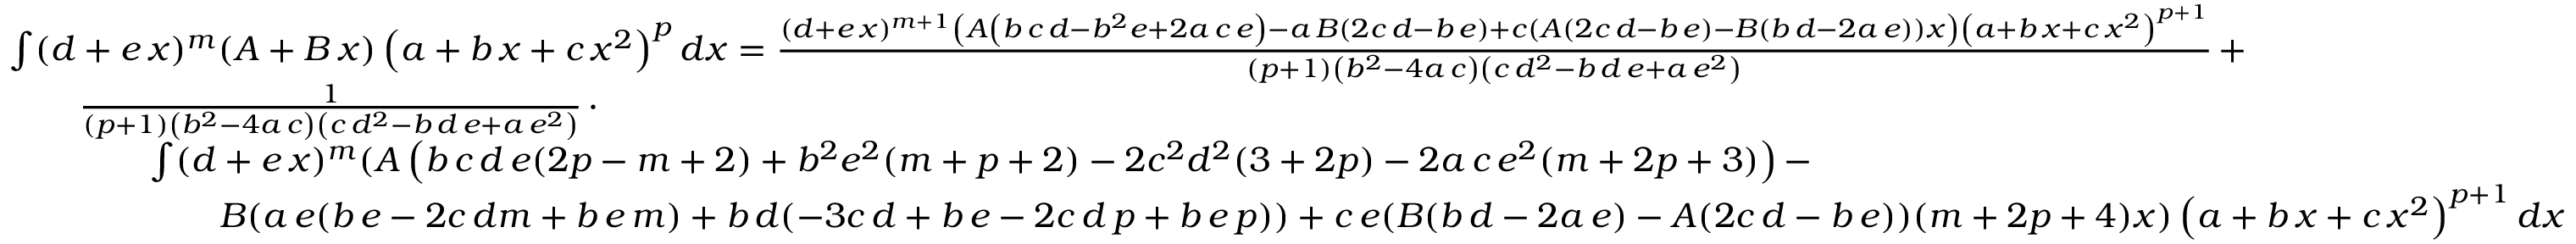
{ \begin{array} { r l } & { \int ( d + e \, x ) ^ { m } ( A + B \, x ) \left( a + b \, x + c \, x ^ { 2 } \right) ^ { p } d x = { \frac { ( d + e \, x ) ^ { m + 1 } \left( A \left( b \, c \, d - b ^ { 2 } e + 2 a \, c \, e \right) - a \, B ( 2 c \, d - b \, e ) + c ( A ( 2 c \, d - b \, e ) - B ( b \, d - 2 a \, e ) ) x \right) \left( a + b \, x + c \, x ^ { 2 } \right) ^ { p + 1 } } { ( p + 1 ) \left( b ^ { 2 } - 4 a \, c \right) \left( c \, d ^ { 2 } - b \, d \, e + a \, e ^ { 2 } \right) } } \, + } \\ & { \qquad { \frac { 1 } { ( p + 1 ) \left( b ^ { 2 } - 4 a \, c \right) \left( c \, d ^ { 2 } - b \, d \, e + a \, e ^ { 2 } \right) } } \, \cdot } \\ & { \qquad \qquad \int ( d + e \, x ) ^ { m } ( A \left( b \, c \, d \, e ( 2 p - m + 2 ) + b ^ { 2 } e ^ { 2 } ( m + p + 2 ) - 2 c ^ { 2 } d ^ { 2 } ( 3 + 2 p ) - 2 a \, c \, e ^ { 2 } ( m + 2 p + 3 ) \right) - } \\ & { \qquad \qquad \qquad B ( a \, e ( b \, e - 2 c \, d m + b \, e \, m ) + b \, d ( - 3 c \, d + b \, e - 2 c \, d \, p + b \, e \, p ) ) + c \, e ( B ( b \, d - 2 a \, e ) - A ( 2 c \, d - b \, e ) ) ( m + 2 p + 4 ) x ) \left( a + b \, x + c \, x ^ { 2 } \right) ^ { p + 1 } d x } \end{array} }